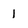
Character: 1